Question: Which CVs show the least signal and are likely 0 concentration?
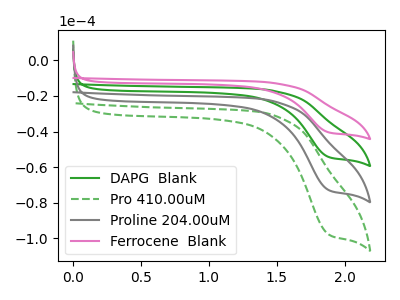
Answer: <think>The green curve "DAPG  Blank" has a cathodic peak at: (1.90V, -54.30uA). The green dashed curve "Pro 410.00uM" has a cathodic peak at: (1.90V, -162.90uA). The gray curve "Proline 204.00uM" has a cathodic peak at: (1.90V, -108.60uA). The pink curve "Ferrocene  Blank" has a cathodic peak at: (1.90V, -40.45uA).</think>
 <answer>There are not any CV's on this graph that are likely to be blanks.</answer>
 <eval>none</eval>